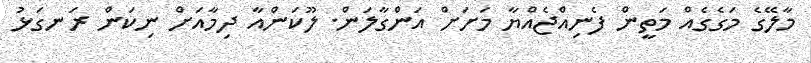
މާލޭގެ މަގެގެއް މަތީން ފެނިއްޖެއްޔާ މަށަށް އަންގާލަން. ލޫކަންއާ ދިމާއަށް ނިކަން ރަނގަޅު